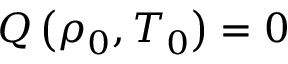
Q \left( \rho _ { 0 } , T _ { 0 } \right) = 0